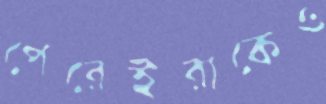
পেরেইরাকেও